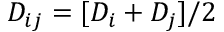
D _ { i j } = [ D _ { i } + D _ { j } ] / 2